Dysentery and liver abscess in Bombay - Number 47
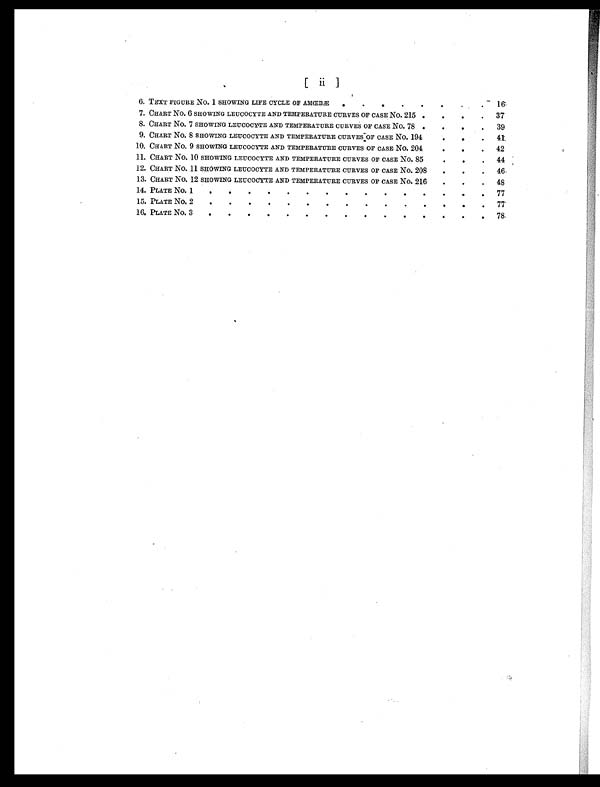
[ i i )
6. TEXT FIGURE NO. 1 SHOWING LIFE CYCLE OF AMŒBÆ
.
.
.
.
16
7. CHART NO. 6 SHOWING LEUCOCYTE AND TEMPERATURE CURVES OF CASE NO. 215
.
37
8. CHART NO. 7 SHOWING LEUCOCYTE AND TEMPERATURE CURVES OF CASE NO. 78 .
39
9. CHART NO. 8 SHOWING LEUCOCYTE AND TEMPERATURE CURVES :OF CASE NO. 194
.
.
.
41
10. CHART NO. 9 SHOWING LEUCOCYTE AND TEMPERATURE CURVES OF CASE NO. 204
.
.
.
42
11. CHART NO. 10 SHOWING LEUCOCYTE AND TEMPERATURE CURVES OF CASE NO. 85.
.
44
12. CHART NO 11 SHOWING LEUCOCYTE AND TEMPERATURE CURVES OF CASE NO 208
.
46
13. CHART NO 12 SHOWING LEUCOCYTE AND TEMPERATURE CURVES OF CASE NO 216
.
48
14. PLATE NO 1
.
.
.
.
.
.
.
77
15. PLATE NO 2
.
.
.
77
16. PLATE NO 3
.
.
.
.
.
.
.
.
.
78